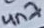
Text: 4n7